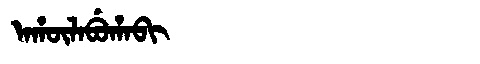
Manchu: ᠠᡥᡡᠯᠠᠪᡠᡥᠠᠪᡳ
Romanization: AHŪLABUHABI